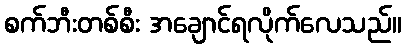
စက်ဘီးတစ်စီး အချောင်ရလိုက်လေသည်။